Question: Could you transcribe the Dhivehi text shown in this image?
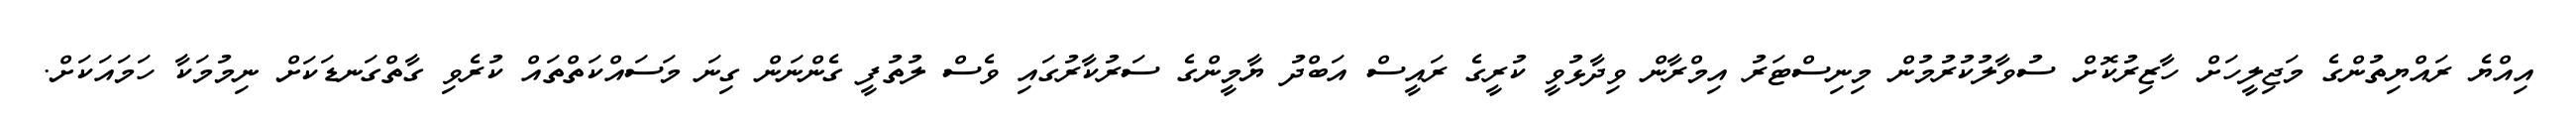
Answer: އިއްޔެ ރައްޔިތުންގެ މަޖިލީހަށް ހާޒިރުކޮށް ސުވާލުކުރުމުން މިނިސްޓަރު އިމްރާން ވިދާޅުވީ ކުރީގެ ރައީސް އަބްދު ޔާމީންގެ ސަރުކާރުގައި ވެސް ލުތުފީ ގެންނަން ގިނަ މަސައްކަތްތައް ކުރެވި ގާތްގަނޑަކަށް ނިމުމަކާ ހަމައަކަށް.